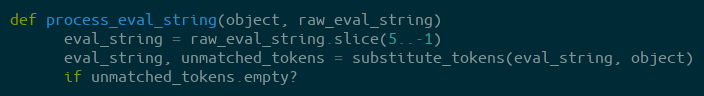
Language: Ruby
def process_eval_string(object, raw_eval_string)
      eval_string = raw_eval_string.slice(5..-1)
      eval_string, unmatched_tokens = substitute_tokens(eval_string, object)
      if unmatched_tokens.empty?